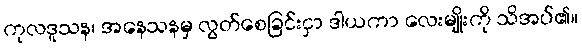
ကုလဒူသန၊ အနေသနမှ လွတ်စေခြင်းငှာ ဒါယကာ လေးမျိုးကို သိအပ်၏။